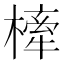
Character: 㯠